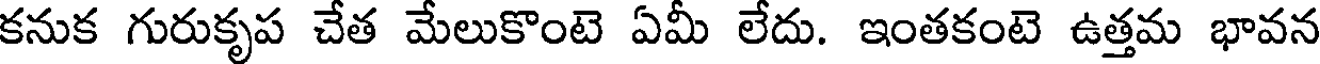
కనుక గురుకృప చేత మేలుకొంటె ఏమీ లేదు. ఇంతకంటె ఉత్తమ భావన